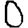
Digit: 0